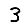
Digit: 3